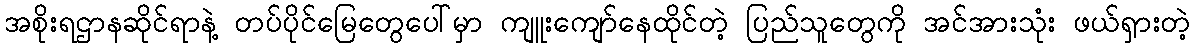
အစိုးရဌာနဆိုင်ရာနဲ့ တပ်ပိုင်မြေတွေပေါ်မှာ ကျူးကျော်နေထိုင်တဲ့ ပြည်သူတွေကို အင်အားသုံး ဖယ်ရှားတဲ့